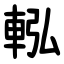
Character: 䡏